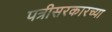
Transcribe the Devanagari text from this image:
पत्रीसरकारच्या